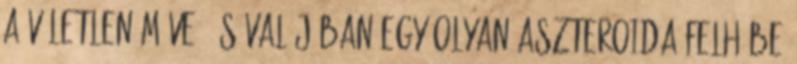
a véletlen műve, és valójában egy olyan aszteroida felhőbe